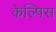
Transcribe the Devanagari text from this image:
केल्पिस